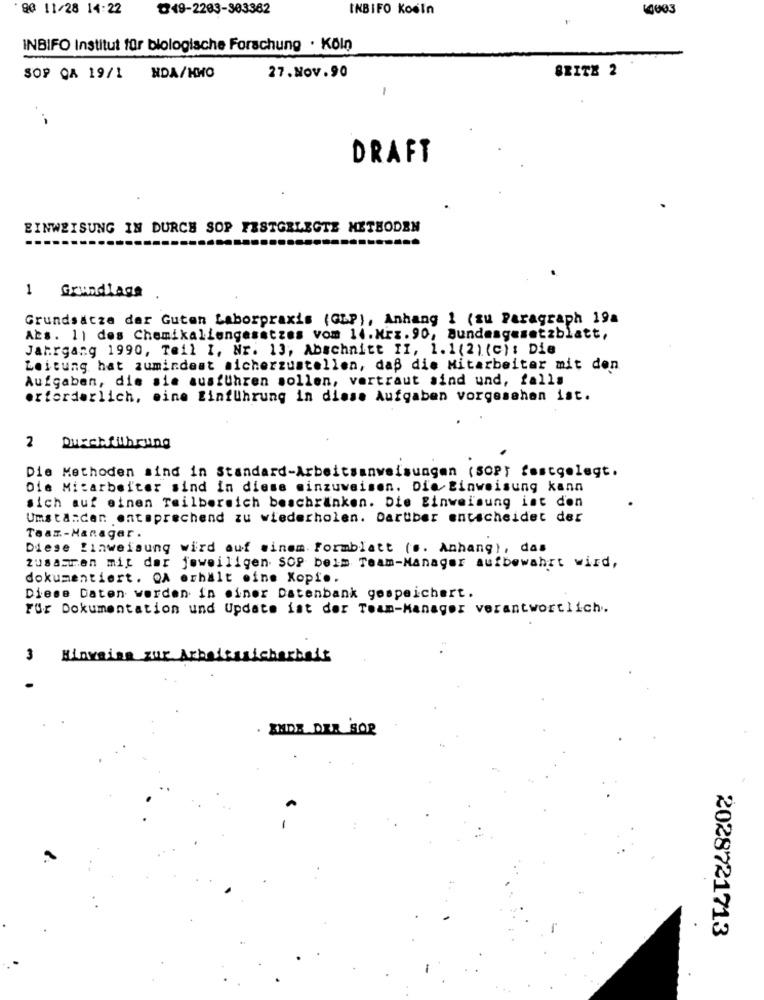
90 11/28 14:22
₩49-2203-303362
INBIFO Koeln
(0003
INBIFO Institut für biologische Forschung · Köln
BRITE 2
SOP QA 19/1 NDA/HWO
27.Nov.90
-
DRAFT
EINWEISUNG IN DURCH SOP FESTGELEGTE METHODEN
1 Grundlage
Grundsätze der Guten Laborpraxis (GLP), Anhang 1 (su Paragraph 19a
Abs. 1) des Chemikaliengesetzes vom 14.Mrz.90, Bundesgesetzblatt,
Jahrgang 1990, Tell I, Nr. 13, Abschnitt II, 1.1(2) (c): Die
Leitung hat zumindest sicherzustellen, daß die Mitarbeiter mit den
Aufgaben, die sie ausfuhren sollen, vertraut sind und, falls
erforderlich, eine Einführung in diese Aufgaben vorgesehen ist.
2 Durchführung
Die Methoden sind in Standard-Arbeitsanweisungen (SOPT festgelegt.
Die Mitarbeiter sind In diese minzuweisen. Die Einweisung kann
sich auf einen Teilbereich beschränken. Die Einweisung ist den
Umständen entsprechend zu wiederholen. Darüber entscheidet der
Teax-Manager .
Diese Einweisung wird auf einem Formblatt (s. Anhang), das
zusammen mit der jeweiligen SOP beim Team-Manager aufbewahrt wird,
dokumentiert. QA erhält eine Kopie.
Diese Daten werden in einer Datenbank gespeichert.
Für Dokumentation und Update ist der Team-Manager verantwortlich.
3
Hinweise zur Arbeitssicherheit
2028721713